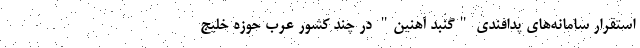
استقرار سامانه‌های پدافندی "گنبد آهنین" در چند کشور عرب حوزه خلیج